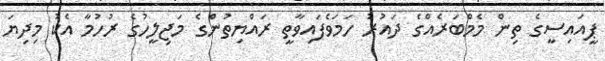
ޕީއައިސީގެ ތިން މެމްބަރެއްގެ ދައުރު ހަމަވެފައިވާތީ ރައްޔިތުންގެ މަޖިލީހުގެ ރުހުމާ އެކު މިދިޔަ